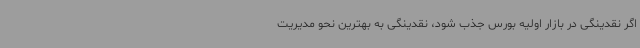
اگر نقدینگی در بازار اولیه بورس جذب شود، نقدینگی به بهترین نحو مدیریت